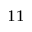
^ { 1 1 }